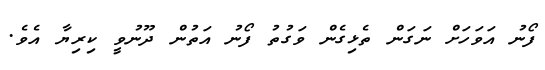
ފޯނު އަވަހަށް ނަގަން ތެޅިގެން ވަގުތު ފޯނު އަތުން ދޫނުވީ ކިރިޔާ އެވެ.